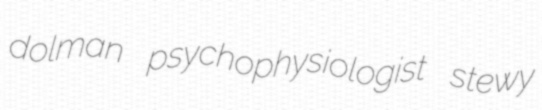
dolman psychophysiologist stewy